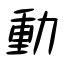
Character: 動